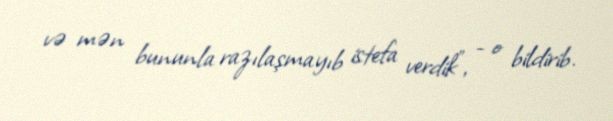
və mən bununla razılaşmayıb istefa verdik”, - o bildirib.